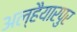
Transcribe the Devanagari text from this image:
अल्हैयारपुर